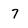
Character: 7